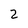
Character: 2